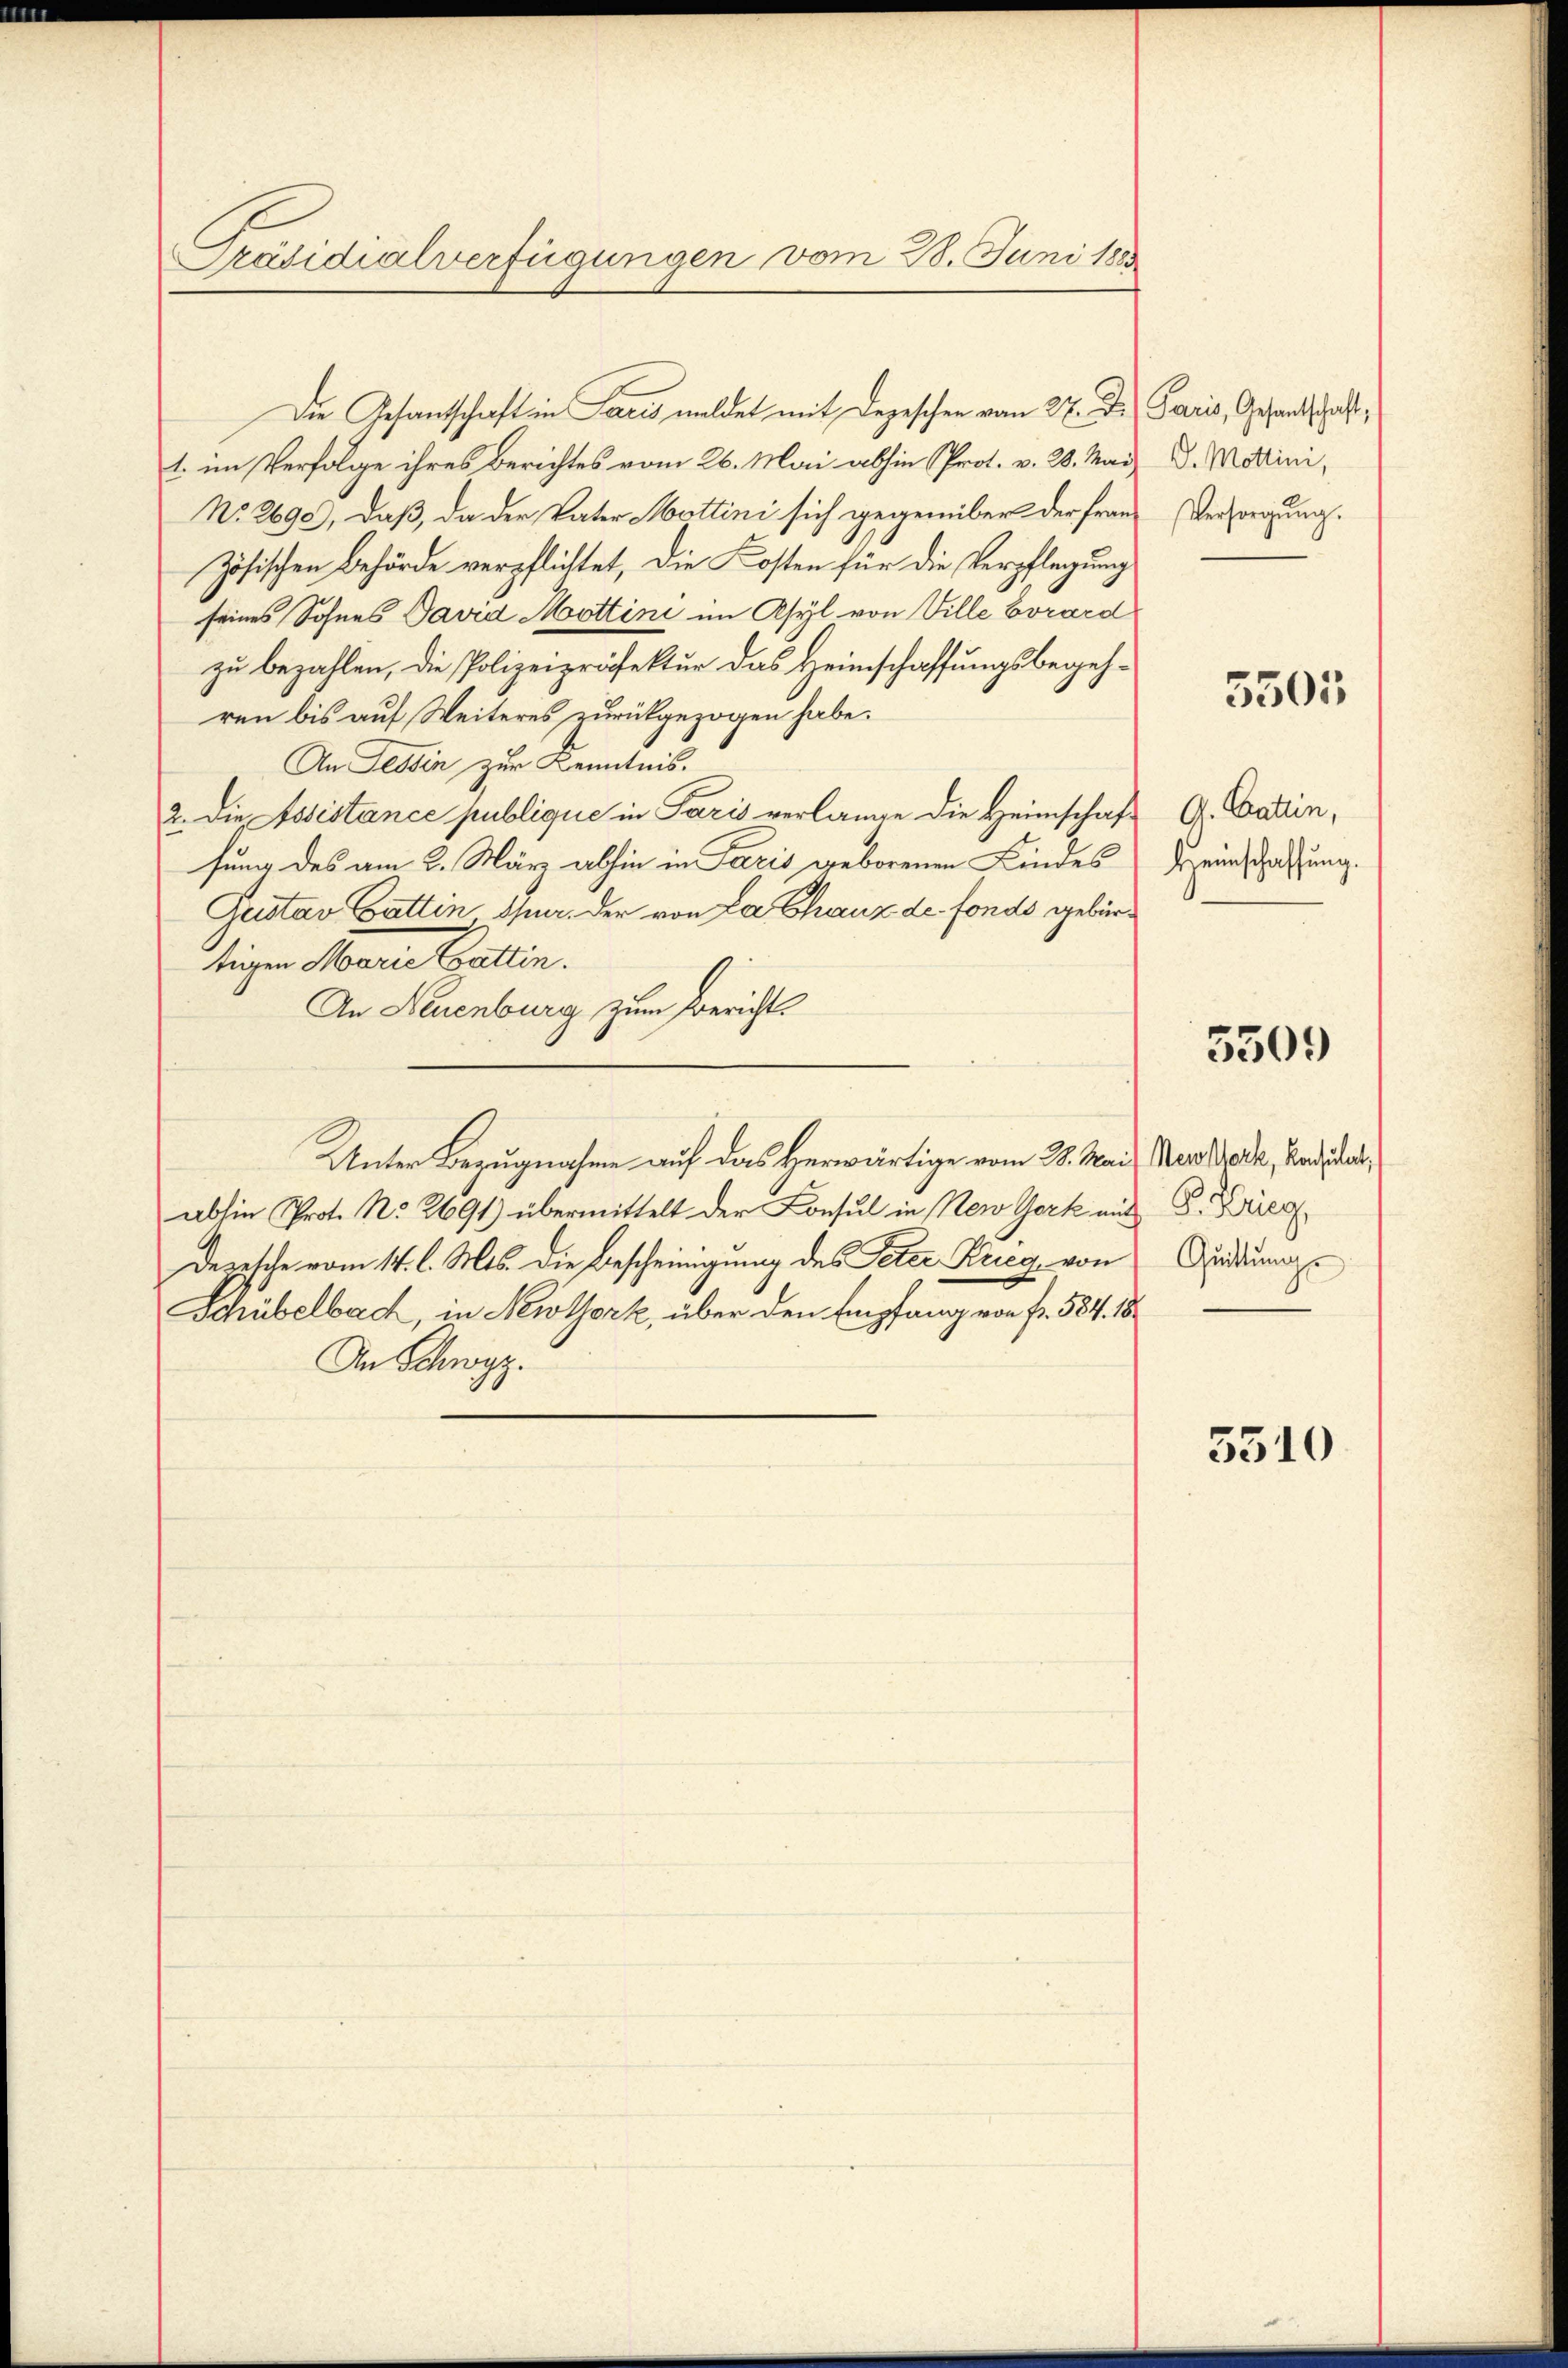
Präsidialverfügungen vom 28. Juni 188

Die Gesandtschaft in Paris meldet mit Depeschen vom 27. Dr. Paris, Gesandtschaft,
1. im Verfolge ihres Berichtes vom 26. Mai abhin Prot. v. 28. Mai
No. 2690, daß, da der Vater Hottini sich gegenüber der Frau Versorgung.
zösischen Behörde verpflichtet, die Kosten für die Verpflegung
seines Sohnes David Mottini im Asyl von Ville Borard
zu bezahlen, die Polizeipräfektur das Heimschaffungsbegehren bis auf Weiteres zurückgezogen habe.
An Tessin zur Kenntnis.
2. Die Assistance publique in Paris verlange die Heimschaft A. Gattin,
fung des am 2. März abhin in Paris geborenen Kindes
Gustav Gattin Spur. Der von La Chaux de fonds gebürtigen Marie Gattin.
An Neuenburg zum Bericht
Unter Bezugnahme auf das Herwärtige vom 28. Mai Marthode, Kandida
ab sie Prot. No 2691) übermittelt der Consul in New York mit G. Krieg
Depesche vom 14. l. Mts. die Bescheinigung des Peter Krieg von Sendung
Schübelbach, in Newtork, über den Empfang von fr. 584. 18
An Schwyz.

D. Mottini,

5501

Heinschaffung.

5509

5510